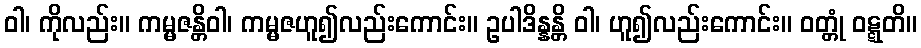
ဝါ၊ ကိုလည်း။ ကမ္မဇန္တိဝါ၊ ကမ္မဇဟူ၍လည်းကောင်း။ ဥပါဒိန္နန္တိ ဝါ၊ ဟူ၍လည်းကောင်း။ ဝတ္တုံ ဝဋ္ဋတိ။